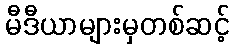
မီဒီယာများမှတစ်ဆင့်